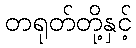
တရုတ်တို့နှင့်